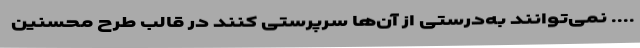
...‌. نمی‌توانند به‌درستی از آن‌ها سرپرستی کنند در قالب طرح محسنین